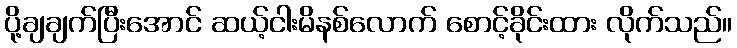
ပို့ချချက်ပြီးအောင် ဆယ့်ငါးမိနစ်လောက် စောင့်ခိုင်းထား လိုက်သည်။